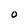
Character: O